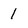
Character: 1